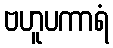
ဗဟူပကာရံ